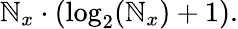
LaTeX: \mathbb{N}_{x}\cdot(\log_{2}(\mathbb{N}_{x})+1).